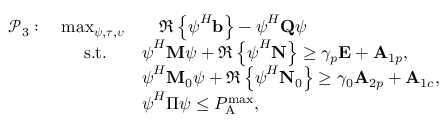
\begin{array} { r l } { \mathcal { P } _ { 3 } : \quad \operatorname* { m a x } _ { \boldsymbol { \psi } , \boldsymbol { \tau } , \boldsymbol { \upsilon } } } & { \quad \Re \left\{ \boldsymbol { \psi } ^ { { H } } \mathbf { b } \right\} - \boldsymbol { \psi } ^ { { H } } \mathbf { Q } \boldsymbol { \psi } } \\ { \mathrm { s . t . } \quad } & { \boldsymbol { \psi } ^ { { H } } \mathbf { M } \boldsymbol { \psi } + \Re \left\{ \boldsymbol { \psi } ^ { { H } } \mathbf { N } \right\} \geq \gamma _ { p } \mathbf { E } + \mathbf { A } _ { 1 p } , } \\ & { \boldsymbol { \psi } ^ { { H } } \mathbf { M } _ { 0 } \boldsymbol { \psi } + \Re \left\{ \boldsymbol { \psi } ^ { { H } } \mathbf { N } _ { 0 } \right\} \geq \gamma _ { 0 } \mathbf { A } _ { 2 p } + \mathbf { A } _ { 1 c } , } \\ & { \boldsymbol { \psi } ^ { { H } } \boldsymbol { \Pi } \boldsymbol { \psi } \leq P _ { \mathrm { A } } ^ { \operatorname* { m a x } } , } \end{array}